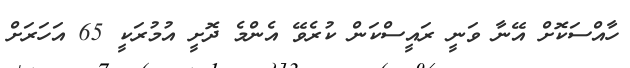
ހާއްސަކޮށް އޭނާ ވަނީ ރައީސްކަން ކުރެވޭ އެންމެ ދޮށީ އުމުރަކީ 65 އަހަރަށް